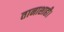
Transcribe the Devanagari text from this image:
तानाशाही।